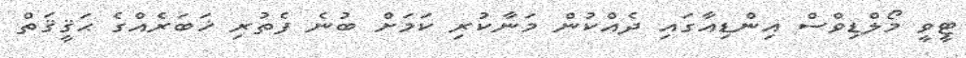
ޓީވީ މޯލްޑިވްސް އިންޑިއާގައި ދެއްކުން މަނާކުރި ކަމަށް ބުނެ ފެތުރި ޚަބަރެއްގެ ޙަޤީޤަތް